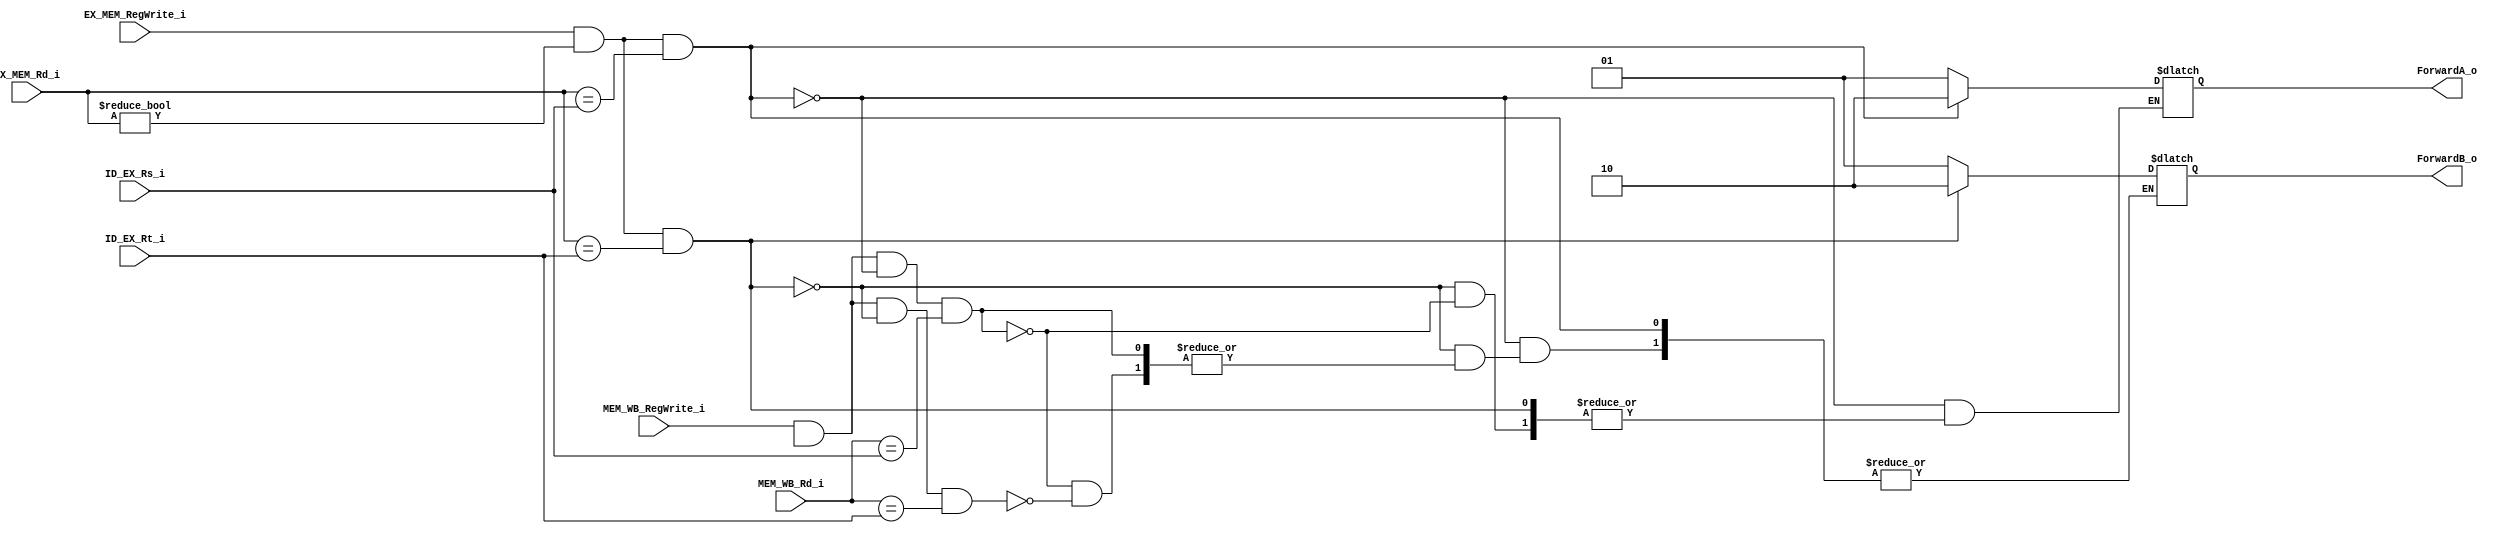
module Forwarding_unit(
	EX_MEM_RegWrite_i,
	EX_MEM_Rd_i,
	MEM_WB_RegWrite_i,
	MEM_WB_Rd_i,
	ID_EX_Rs_i,
	ID_EX_Rt_i,
	ForwardA_o,		//for ALU_src1_mux
	ForwardB_o		//for ALU_src2_mux
	);

//I/O ports
input		EX_MEM_RegWrite_i;
input  [5-1:0] EX_MEM_Rd_i;
input		MEM_WB_RegWrite_i;
input  [5-1:0] MEM_WB_Rd_i;
input  [5-1:0] ID_EX_Rs_i;
input  [5-1:0] ID_EX_Rt_i;
output [2-1:0]  ForwardA_o;
output [2-1:0]  ForwardB_o;

//Internal Signals

//Parameter

//Main function
always@(*)
begin
	if(EX_MEM_RegWrite_i & (EX_MEM_Rd_i != 0) & (EX_MEM_Rd_i == ID_EX_Rs_i))
		ForwardA_o <= 2'b10;
	else if(EX_MEM_RegWrite_i & (EX_MEM_Rd_i != 0) & (EX_MEM_Rd_i == ID_EX_Rt_i))
		ForwardB_o <= 2'b10;
	else if(MEM_WB_RegWrite_i & (MEM_WB_Rd != 0) & ~(EX_MEM_RegWrite_i & (EX_MEM_Rd_i != 0) & (EX_MEM_Rd_i == ID_EX_Rs_i)) & (MEM_WB_Rd_i == ID_EX_Rs_i))
		ForwardA_o <= 2'b01;
	else if(MEM_WB_RegWrite_i & (MEM_WB_Rd != 0) & ~(EX_MEM_RegWrite_i & (EX_MEM_Rd_i != 0) & (EX_MEM_Rd_i == ID_EX_Rt_i)) & (MEM_WB_Rd_i == ID_EX_Rt_i))
		ForwardB_o <= 2'b01;
end

endmodule